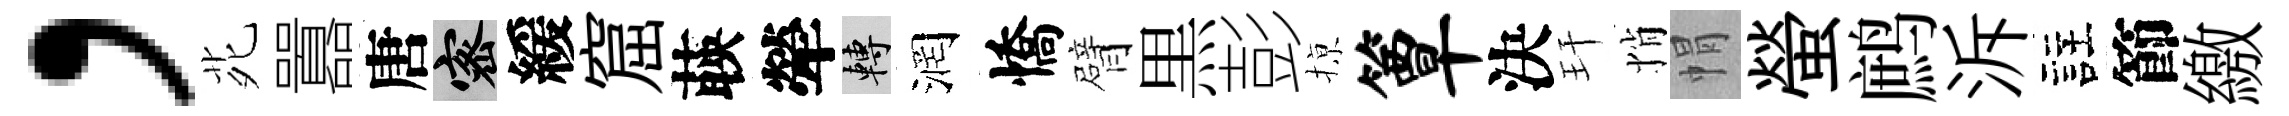
，𫟍囂唐密緩窟𦴤犖轉润憍臂黒彭𢱊簟決玕悄㡌螢鹧泝註節繳